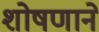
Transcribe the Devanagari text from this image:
शोषणाने